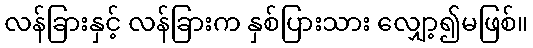
လန်ခြားနှင့် လန်ခြားက နှစ်ပြားသား လျှော့၍မဖြစ်။